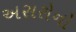
અસરોનો